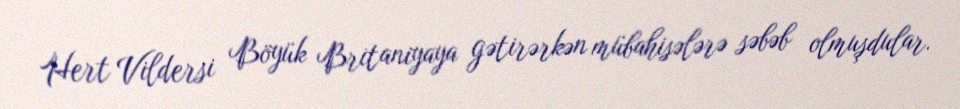
Hert Vildersi Böyük Britaniyaya gətirərkən mübahisələrə səbəb olmuşdular.